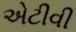
એટીવી